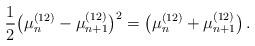
LaTeX: \begin{align*}\frac{1}{2} \big( \mu_n^{(12)}-\mu_{n+1}^{(12)} \big)^2 = \big( \mu_n^{(12)}+\mu_{n+1}^{(12)} \big) \,. \end{align*}